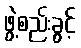
ဖွဲ့စည်းခွင့်